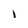
Character: 1